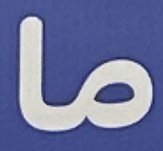
ما